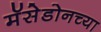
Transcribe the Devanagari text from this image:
मॅसेडोनच्या